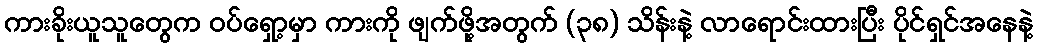
ကားခိုးယူသူတွေက ဝပ်ရှော့မှာ ကားကို ဖျက်ဖို့အတွက် (၃၈) သိန်းနဲ့ လာရောင်းထားပြီး ပိုင်ရှင်အနေနဲ့